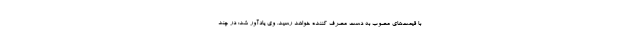
با قیمت‌های مصوب به دست مصرف کننده خواهد رسید. وی یادآور شد: در چند